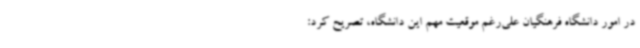
در امور دانشگاه فرهنگیان علی‌رغم موقعیت مهم این دانشگاه، تصریح کرد: